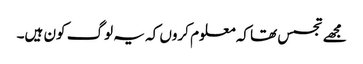
مجھے تجسس تھا کہ معلوم کروں کہ یہ لوگ کون ہیں۔